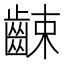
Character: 𪘜